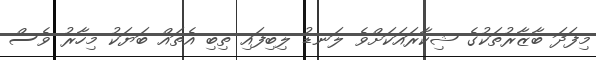
މިފަދަ ބާޒާރުތަކުގެ ޝިކާރައަކަށްވެ ލަނޑު ލިބިފައި ތިބި އެތައް ބަޔަކު މިހާރު ވެސް